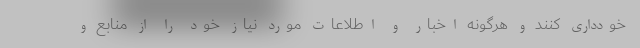
خودداری کنند و هرگونه اخبار و اطلاعات مورد نیاز خود را از منابع و